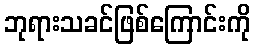
ဘုရားသခင်ဖြစ်ကြောင်းကို